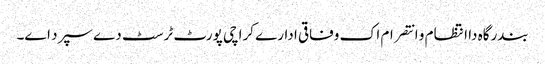
بندرگاہ دا انتظام و انتصرام اک وفاقی ادارے کراچی پورٹ ٹرسٹ دے سپرد ا‏‏ے۔